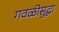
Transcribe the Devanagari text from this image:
गवळीसुद्धा